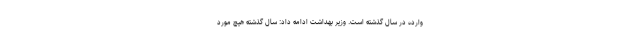
وارده در سال گذشته است. وزیر بهداشت ادامه داد: سال گذشته هیچ مورد